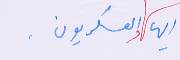
ايها والعسكريون